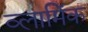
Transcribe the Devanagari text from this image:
व्लामिंक